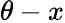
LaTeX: \theta-x